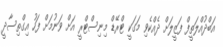
އަބްދުއްލަތީފް ފަޒީލަށް ދެއްކެވި މަގަކީ ޓްރޭޑް މިނިސްޓްރީ އަށް ވަނުމަށް ފަހު އިގްތިސާދީ